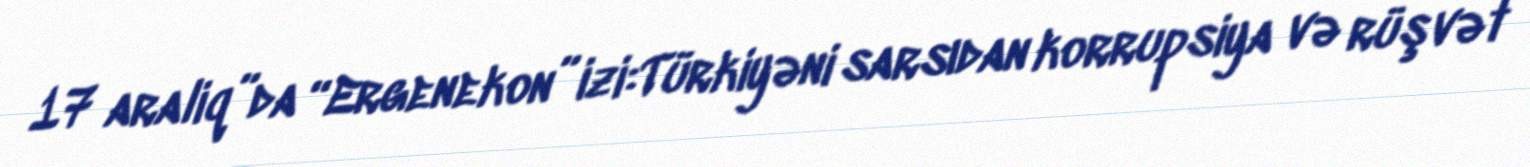
17 araliq”da “Ergenekon” izi:Türkiyəni sarsıdan korrupsiya və rüşvət